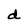
Character: d